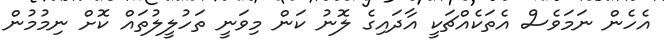
އެހެން ނަމަވެސް އެތަކެއްޗަކީ އާދައިގެ ލޮނު ކަން މިވަނީ ތަހުލީލުތައް ކޮށް ނިމުމުން